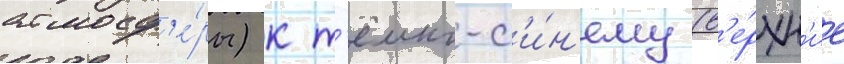
атмосф'е́ры) к т'ёмно-с'и́н'ему (в'е́рхн'ие